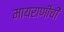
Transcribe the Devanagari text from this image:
मायराणीची